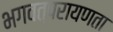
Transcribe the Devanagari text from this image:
भगवत्परायणता